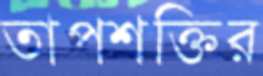
তাপশক্তির